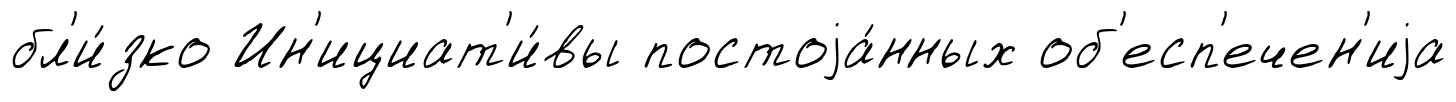
бл'и́зко Ин'ициат'и́вы постоjа́нных об'есп'ечен'иjа